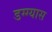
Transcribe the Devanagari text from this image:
डग्ग्यास